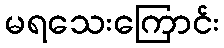
မရသေးကြောင်း